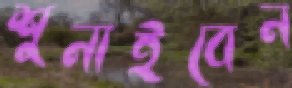
শুনাইবেন